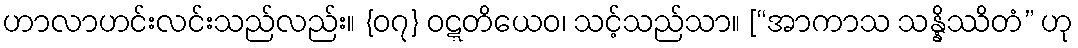
ဟာလာဟင်းလင်းသည်လည်း။ {၀၇} ဝဋ္ဋတိယေဝ၊ သင့်သည်သာ။ [“အာကာသ သန္နိဿိတံ” ဟု